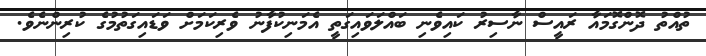
ތުއްތު ދޮންގޮމައާ ރައީސް ނާސިރު ކައިވެނި ބައްލަވައިގަތީ އެމަނިކުފާނު ވެރިކަމަށް ވަޑައިގަތުމުގެ ކުރިންނެވެ.